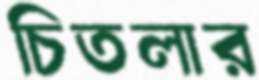
চিতলার